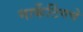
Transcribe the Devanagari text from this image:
मार्केटिंगचे